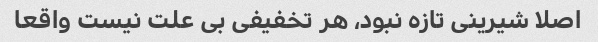
اصلا شیرینی تازه نبود، هر تخفیفی بی علت نیست واقعا